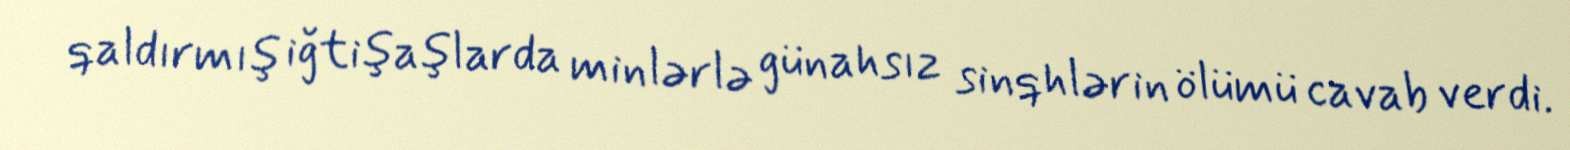
qaldırmış iğtişaşlarda minlərlə günahsız sinqhlərin ölümü cavab verdi.